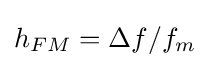
h_{FM}=\Delta f/f_{m}\,\!